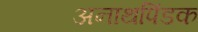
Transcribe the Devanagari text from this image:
अनाथपिंडक